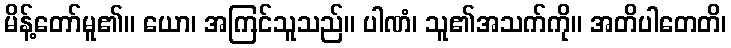
မိန့်တော်မူ၏။ ယော၊ အကြင်သူသည်။ ပါဏံ၊ သူ၏အသက်ကို။ အတိပါတေတိ၊